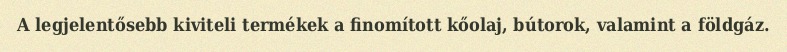
A legjelentősebb kiviteli termékek a finomított kőolaj, bútorok, valamint a földgáz.